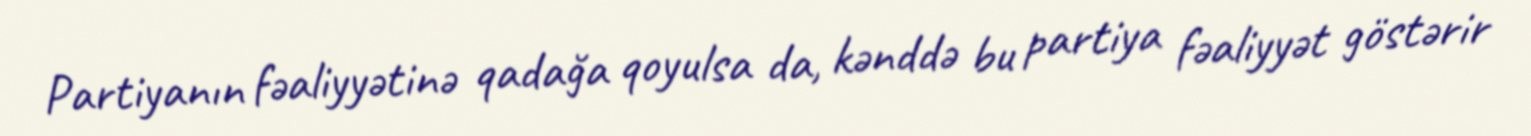
Partiyanın fəaliyyətinə qadağa qoyulsa da, kənddə bu partiya fəaliyyət göstərir